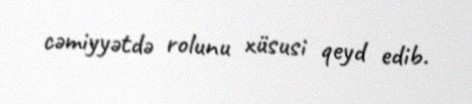
cəmiyyətdə rolunu xüsusi qeyd edib.